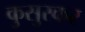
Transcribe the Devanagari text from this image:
कुसुरकर